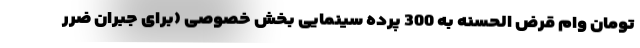
تومان وام قرض الحسنه به 300 پرده سینمایی بخش خصوصی (برای جبران ضرر